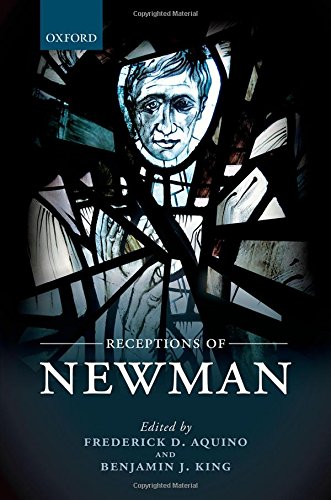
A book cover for Receptions of Newman; Frederick D. Aquino; Christian Books & Bibles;